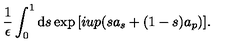
\frac { 1 } { \epsilon } \int _ { 0 } ^ { 1 } \mathrm { d } s \exp { [ i u p ( s a _ { s } + ( 1 - s ) a _ { p } ) ] } .